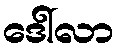
ဒေါ်လာ